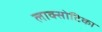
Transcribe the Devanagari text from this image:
लाक्सोटिका